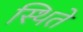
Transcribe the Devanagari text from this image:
स्थिते